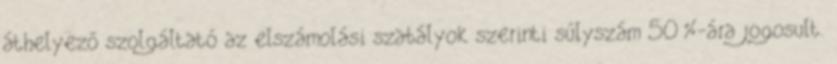
áthelyező szolgáltató az elszámolási szabályok szerinti súlyszám 50%-ára jogosult.